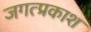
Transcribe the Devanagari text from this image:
जगत्प्रकाश